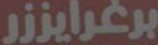
برغرايززر